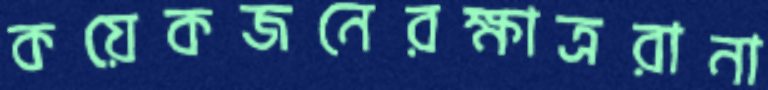
কয়েকজনেরক্ষাত্ররানা